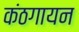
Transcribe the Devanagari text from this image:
कंठगायन